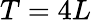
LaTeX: T=4L